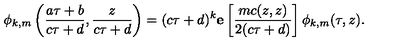
\phi _ { k , m } \left( \frac { a \tau + b } { c \tau + d } , \frac { z } { c \tau + d } \right) = ( c \tau + d ) ^ { k } { \bf e } \left[ \frac { m c ( z , z ) } { 2 ( c \tau + d ) } \right] \phi _ { k , m } ( \tau , z ) .